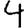
Digit: 4